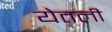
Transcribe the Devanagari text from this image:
येतली